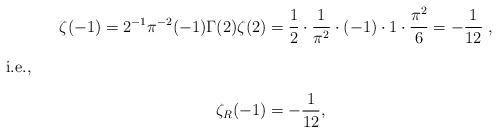
LaTeX: \begin{align*}\zeta(-1) = 2^{-1}\pi^{-2}(-1)\Gamma(2)\zeta(2) &= \frac{1}{2}\cdot\frac{1}{\pi^2}\cdot(-1)\cdot 1\cdot\frac{\pi^2}{6} = -\frac{1}{12}\; , \intertext{i.e.,}\zeta_R(-1) &= -\frac{1}{12}, \end{align*}